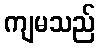
ကျမသည်